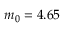
m _ { 0 } = 4 . 6 5